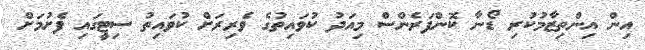
އިން އިންތިޒާމުކުރި ޑޯނާ ކޮންފަރެންސް މިއަދު ކުވައިތުގެ ވެރިރަށް ކުވައިތު ސިޓީގައި ފެށުމަށް